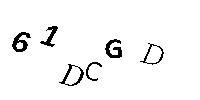
61DCGD